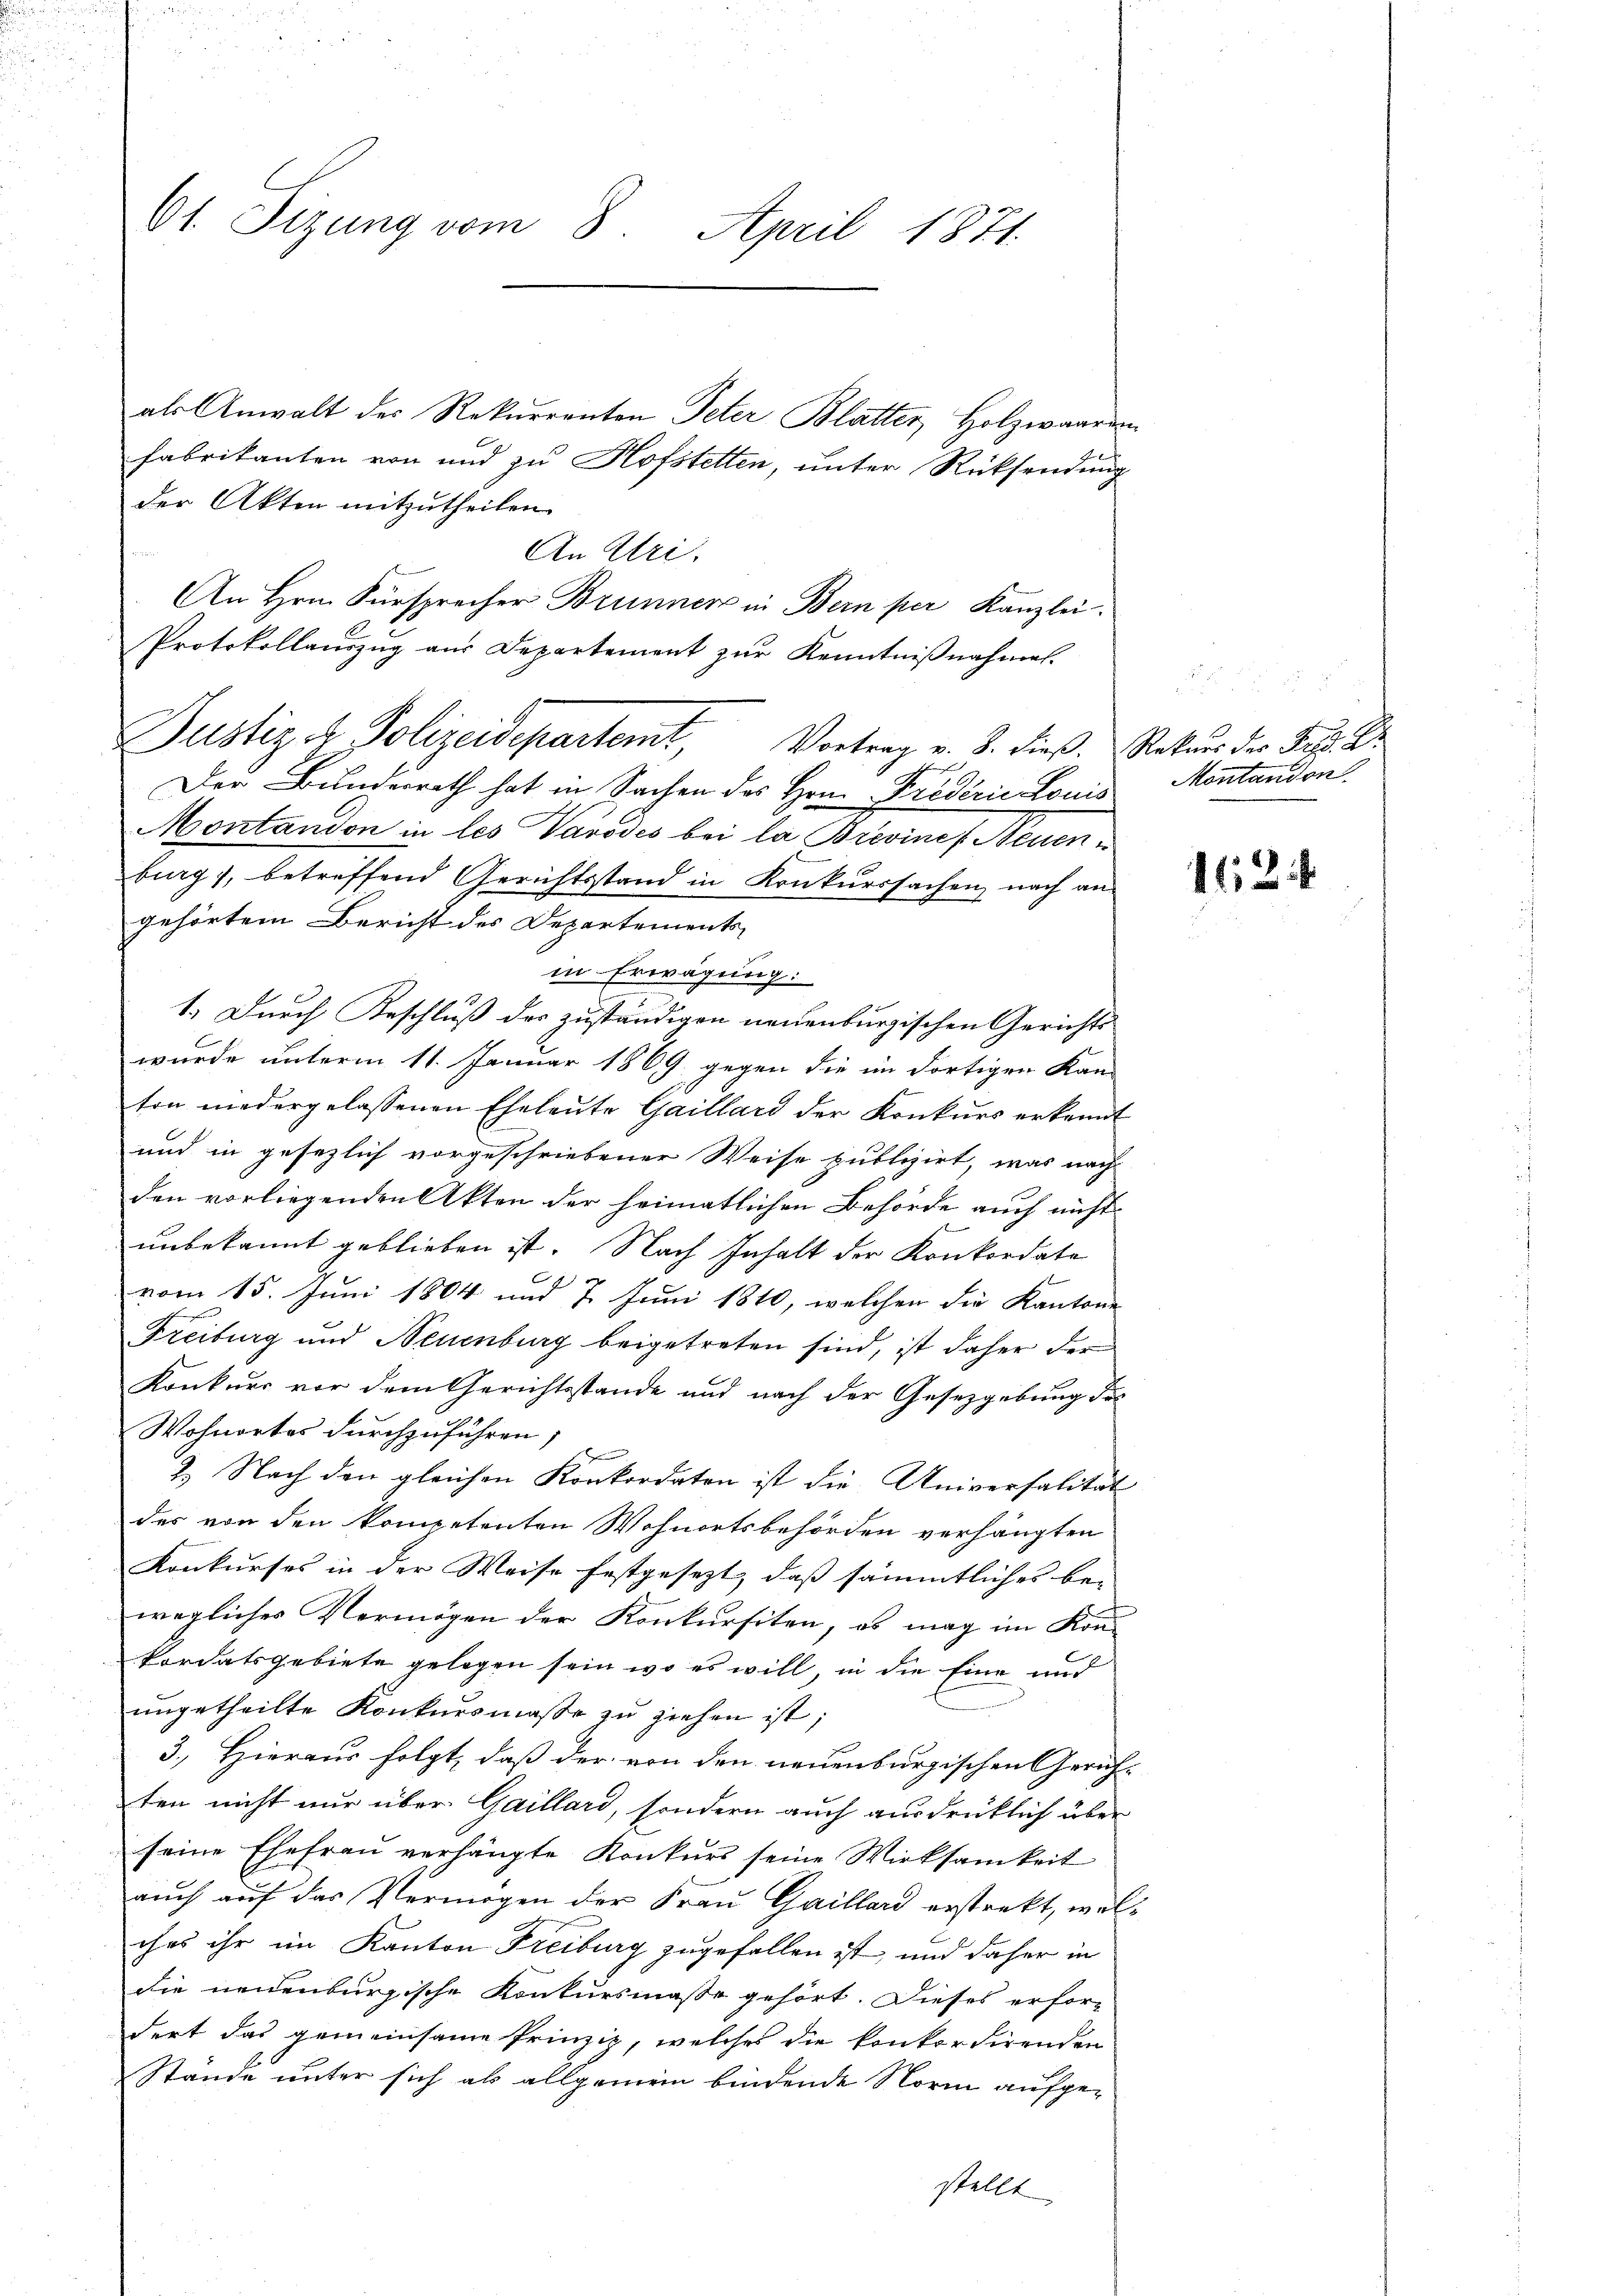
61. Sizung vom 8. April 1871.

als Anwalt des Rekurrenten Peter Blatter, Holzwaaren
fabrikanten von und zu Hofstetten, unter Rücksendung
der Akten mitzutheilen.
An Uri,
An Hrn. Fürsprecher Brunner in Bern per Kanzlei
Protokollauszug aus Departement zur Kenntnißnahmen.
Justiz & Polizeidepartemt, Vortrag v. 3. dieß. Rekus der Frl. Er
Der Bundesrath hat in Sachen des Hrn. Friderie Louis
Montandon in les Vavodes bei la Brevinef Neuenburg), betreffend Gerichtsstand in Konkurssachen, nach an-
gehörtem Bericht des Departements-
in Erwägung:
1.) Durch Beschluß der zuständigen neuenburgischen Gerichts-
wurde unterm 11. Januar 1869 gegen die im dortigen Kan-
ton niedergelassenen Eheleute Gaillard der Konkurs erkannt
und in gesezlich vorgeschriebener Weise publizirt, was nach
den vorliegenden Akten der heimatlichen Behörde auch nicht
unbekannt geblieben ist. Nach Inhalt der Konkordate
vom 15. Juni 1804 und 7. Juni 1810, welchen die Kantone
Freiburg und Neuenburg beigetreten sind, ist daher der
Konkurr vor dem Gerichtsstande und nach der Gesetzgebung des
Wohnortes durchzuführen;
n
2. Nach den gleichen Konkordaten ist die Universalität
des von den kompetenten Wohnortsbehörden verhängten
Konkurses in der Weise festgesezt, daß sämmtliches bei
wegliches Vermögen der Konkursiten, ob mag im Kon-
Pordatsgebiete gelegen sein, wo es will, in die Eine und
ungetheilte Konkursmaße zu ziehen ist;
3.) Hieraus folgt, daß der von den neuenburgischen Gerichten nicht nur über Gaillard, sondern auch ausdrücklich über
seine Ehefrau verhängte Konkurs seine Wirksamkeit
auch auf das Vermögen der Frau Gaillard erstrekt, welches ihr im Kanton Freiburg zugefallen ist, und daher in
die neuenburgische Konkursmasse gehört. Dieses erfordert das gemeinsame Prinzip, welches die konkordirenden
Stände unter sich als allgemein bindende Norm aufgestellt

Montandon

162